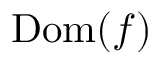
\operatorname { D o m } ( f )